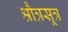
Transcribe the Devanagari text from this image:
श्रौत्रसूत्र